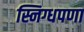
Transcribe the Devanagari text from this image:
स्निग्धपणा